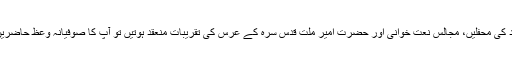
ہمارے غریب خانہ پر میلاد کی محفلیں، مجالس نعت خوانی اور حضرتِ امیر ملّت قدس سرّہ کے عرس کی تقریبات منعقد ہوتیں تو آپ کا صوفیانہ وعظ حاضرین کو بے حد متاثر کرتا تھا۔